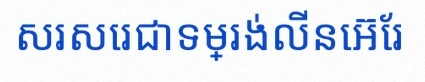
សរសេរជាទម្រង់លីនេអ៊ែរ